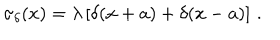
LaTeX: \sigma _ { \delta } ( x ) = \lambda \left[ \delta ( x + a ) + \delta ( x - a ) \right] \, .